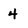
Character: 4